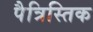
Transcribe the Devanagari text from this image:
पैत्रिस्तिक